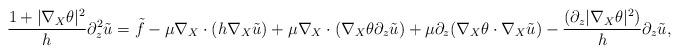
LaTeX: \begin{align*} \frac{1 + |\nabla_X \theta|^2 }{h} \partial_z^2 \tilde u = \tilde{f} - \mu \nabla_X\cdot(h \nabla_X \tilde u ) + \mu \nabla_X\cdot (\nabla_X \theta \partial_z \tilde u )+ \mu \partial_z(\nabla_X \theta \cdot \nabla_X \tilde u ) - \frac{ (\partial_z|\nabla_X \theta|^2)}{h} \partial_z \tilde u , \end{align*}